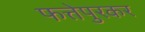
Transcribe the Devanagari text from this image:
फत्तेपुरकर